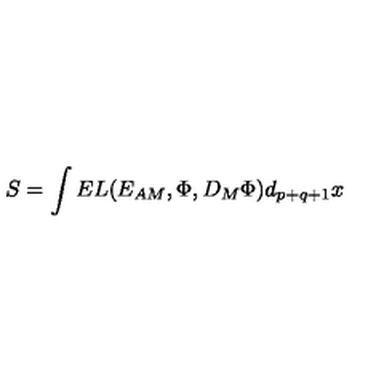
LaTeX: S = \int E L ( { E _ { A M } } , \Phi , { D _ { M } \Phi } ) d _ { p + q + 1 } x